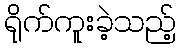
ရိုက်ကူးခဲ့သည့်